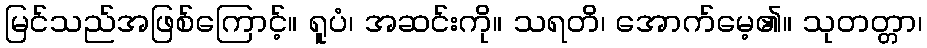
မြင်သည်အဖြစ်ကြောင့်။ ရူပံ၊ အဆင်းကို။ သရတိ၊ အောက်မေ့၏။ သုတတ္တာ၊